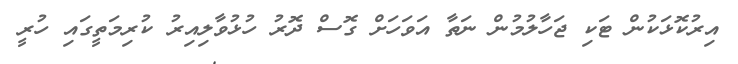
އިރުކޮޅަކުން ޓަކި ޖަހާލުމުން ނަތާ އަވަހަށް ގޮސް ދޮރު ހުޅުވާލިއިރު ކުރިމަތީގައި ހުރީ